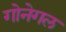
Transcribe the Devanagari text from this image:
गोनेगल